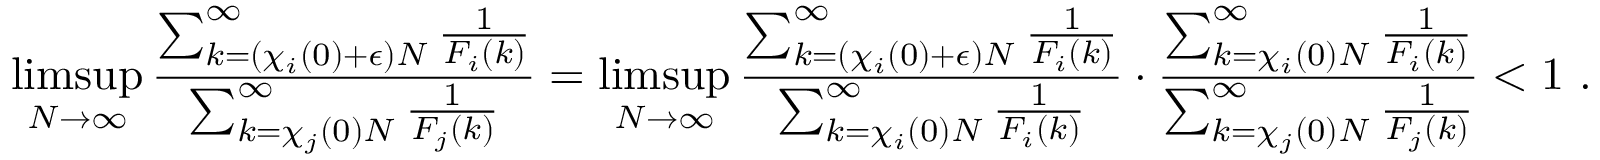
\operatorname* { l i m s u p } _ { N \to \infty } \frac { \sum _ { k = ( \chi _ { i } ( 0 ) + \epsilon ) N } ^ { \infty } \frac { 1 } { F _ { i } ( k ) } } { \sum _ { k = \chi _ { j } ( 0 ) N } ^ { \infty } \frac { 1 } { F _ { j } ( k ) } } = \operatorname* { l i m s u p } _ { N \to \infty } \frac { \sum _ { k = ( \chi _ { i } ( 0 ) + \epsilon ) N } ^ { \infty } \frac { 1 } { F _ { i } ( k ) } } { \sum _ { k = \chi _ { i } ( 0 ) N } ^ { \infty } \frac { 1 } { F _ { i } ( k ) } } \cdot \frac { \sum _ { k = \chi _ { i } ( 0 ) N } ^ { \infty } \frac { 1 } { F _ { i } ( k ) } } { \sum _ { k = \chi _ { j } ( 0 ) N } ^ { \infty } \frac { 1 } { F _ { j } ( k ) } } < 1 \ .